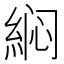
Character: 𱹵